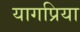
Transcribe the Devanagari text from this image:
यागप्रिया